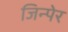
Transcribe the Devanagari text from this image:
जिन्पेर